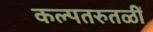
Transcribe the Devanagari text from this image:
कल्पतरुतळीं